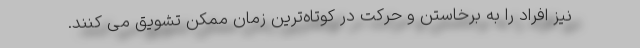
نیز افراد را به برخاستن و حرکت در کوتاه‌ترین زمان ممکن تشویق می کنند.